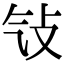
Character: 㪂